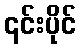
၎င်းပိုင်